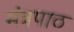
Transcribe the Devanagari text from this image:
मंत्रपाठ